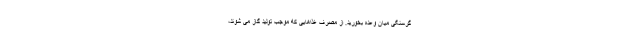
گرسنگی میان وعده بخورید. از مصرف غذاهایی که موجب تولید گاز می شوند،